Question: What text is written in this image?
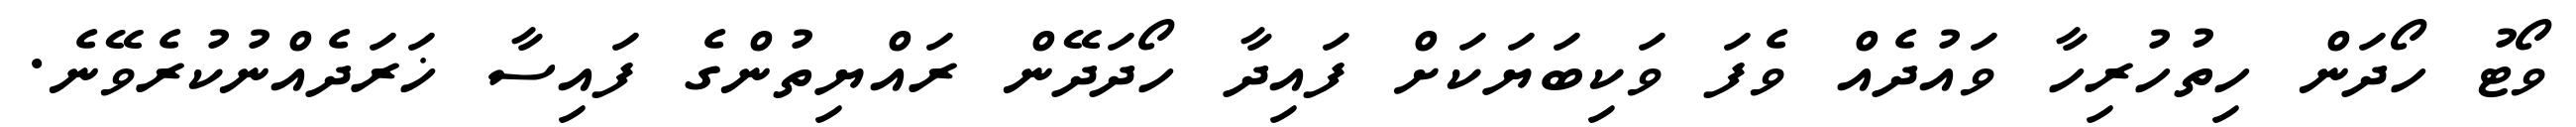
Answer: ވޯޓު ހޯދަން ހިތުހުރިހާ ވައުދެއް ވެފަ ވަކިބަޔަކަށް ފައިދާ ހޯދަދޭން ރައްޔިތުންގެ ފައިސާ ޚަރަދެއްނުކުރެވޭނެ.